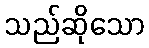
သည်ဆိုသော